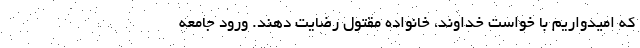
که امیدواریم با خواست خداوند، خانواده مقتول رضایت دهند. ورود جامعه